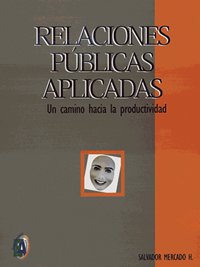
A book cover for Relaciones publicas aplicadas/ Applied Public Relationships: Un Camino Hacia La Productividad (Spanish Edition); Salvador Mercado; Business & Money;